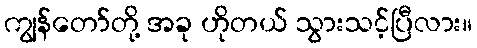
ကျွန်တော်တို့ အခု ဟိုတယ် သွားသင့်ပြီလား။